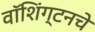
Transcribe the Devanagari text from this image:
वॉशिंग्टनचे